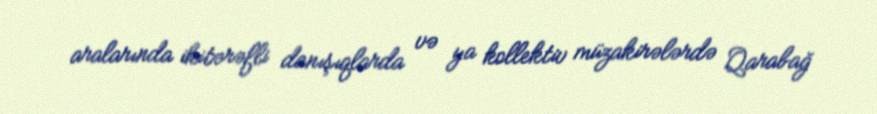
aralarında ikitərəfli danışıqlarda və ya kollektiv müzakirələrdə Qarabağ